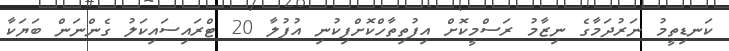
ކަނޑިތީމު ނަރުދަމާގެ ނިޒާމު ރަސްމީކޮށް އިފުތިތާހްކޮށްފިކުނި އުފުލާ 20 ޓްރައިސައިކަލު ގެންނަން ބަޔަކާ